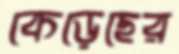
কেড়েছের